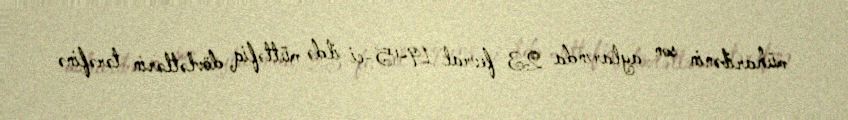
müharibənin son aylarında 23 fevral 1945-ci ildə müttəfiq dövlətlərin tərəfinə